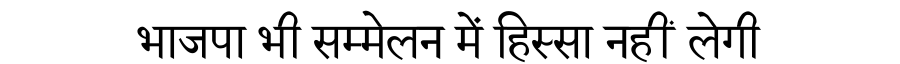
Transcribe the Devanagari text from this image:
भाजपा भी सम्मेलन में हिस्सा नहीं लेगी